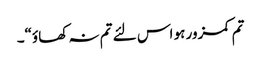
تم کمزور ہو اس لئے تم نہ کھاؤ“۔